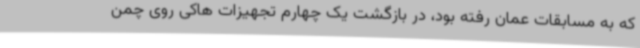
که به مسابقات عمان رفته بود، در بازگشت یک چهارم تجهیزات هاکی روی چمن